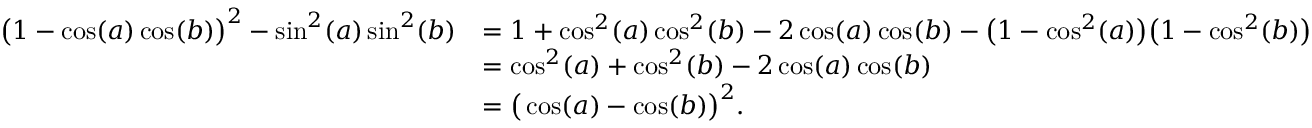
\begin{array} { r l } { \big ( 1 - \cos ( a ) \cos ( b ) \big ) ^ { 2 } - \sin ^ { 2 } ( a ) \sin ^ { 2 } ( b ) } & { = 1 + \cos ^ { 2 } ( a ) \cos ^ { 2 } ( b ) - 2 \cos ( a ) \cos ( b ) - \big ( 1 - \cos ^ { 2 } ( a ) \big ) \big ( 1 - \cos ^ { 2 } ( b ) \big ) } \\ & { = \cos ^ { 2 } ( a ) + \cos ^ { 2 } ( b ) - 2 \cos ( a ) \cos ( b ) } \\ & { = \big ( \cos ( a ) - \cos ( b ) \big ) ^ { 2 } . } \end{array}